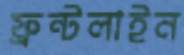
ফ্রন্টলাইন